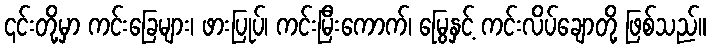
၎င်းတို့မှာ ကင်းခြေများ၊ ဖားပြုပ်၊ ကင်းမြီးကောက်၊ မြွေနှင့် ကင်းလိပ်ချောတို့ ဖြစ်သည်။